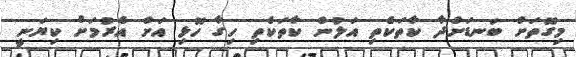
މިގޮތަށް ބަނޑަށްދާ ކާތަކެތި އަލުން ކާތަކެތި ހިގާ ހޮޅި އަށް އެރުމަށް ކިޔަނީ